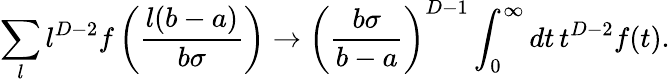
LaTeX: \sum_{l}l^{D-2}f\left(\frac{l(b-a)}{b\sigma}\right)\to\left(\frac{b\sigma}{b-a}\right)^{D-1}\int_{0}^{\infty}dt\, t^{D-2}f(t).